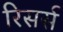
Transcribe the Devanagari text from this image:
रिसर्स